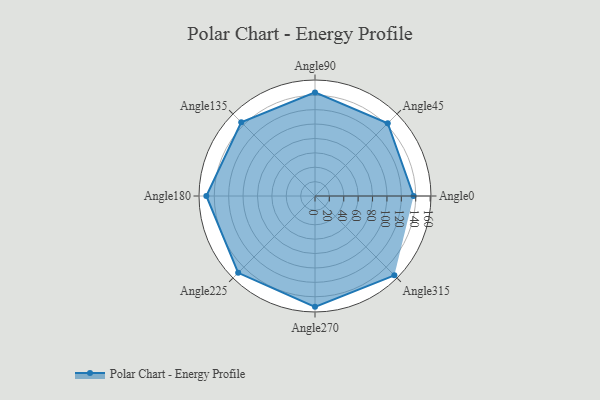
{"axis": {"x": "Angle", "y": "Radius"}, "legend": [""], "data": [{"x": "Angle0", "y": 137.0, "type": ""}, {"x": "Angle45", "y": 143.0, "type": ""}, {"x": "Angle90", "y": 144.0, "type": ""}, {"x": "Angle135", "y": 145.0, "type": ""}, {"x": "Angle180", "y": 151.0, "type": ""}, {"x": "Angle225", "y": 151.0, "type": ""}, {"x": "Angle270", "y": 154.0, "type": ""}, {"x": "Angle315", "y": 156.0, "type": ""}]}